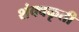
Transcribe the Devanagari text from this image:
शंक्वकृती